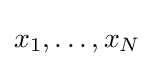
x_{1},\ldots ,x_{N}